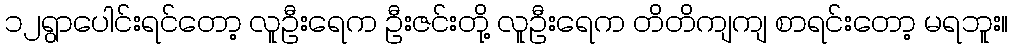
၁၂ရွာပေါင်းရင်တော့ လူဦးရေက ဦးဇင်းတို့ လူဦးရေက တိတိကျကျ စာရင်းတော့ မရဘူး။